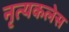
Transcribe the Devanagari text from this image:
नृत्यकलेस